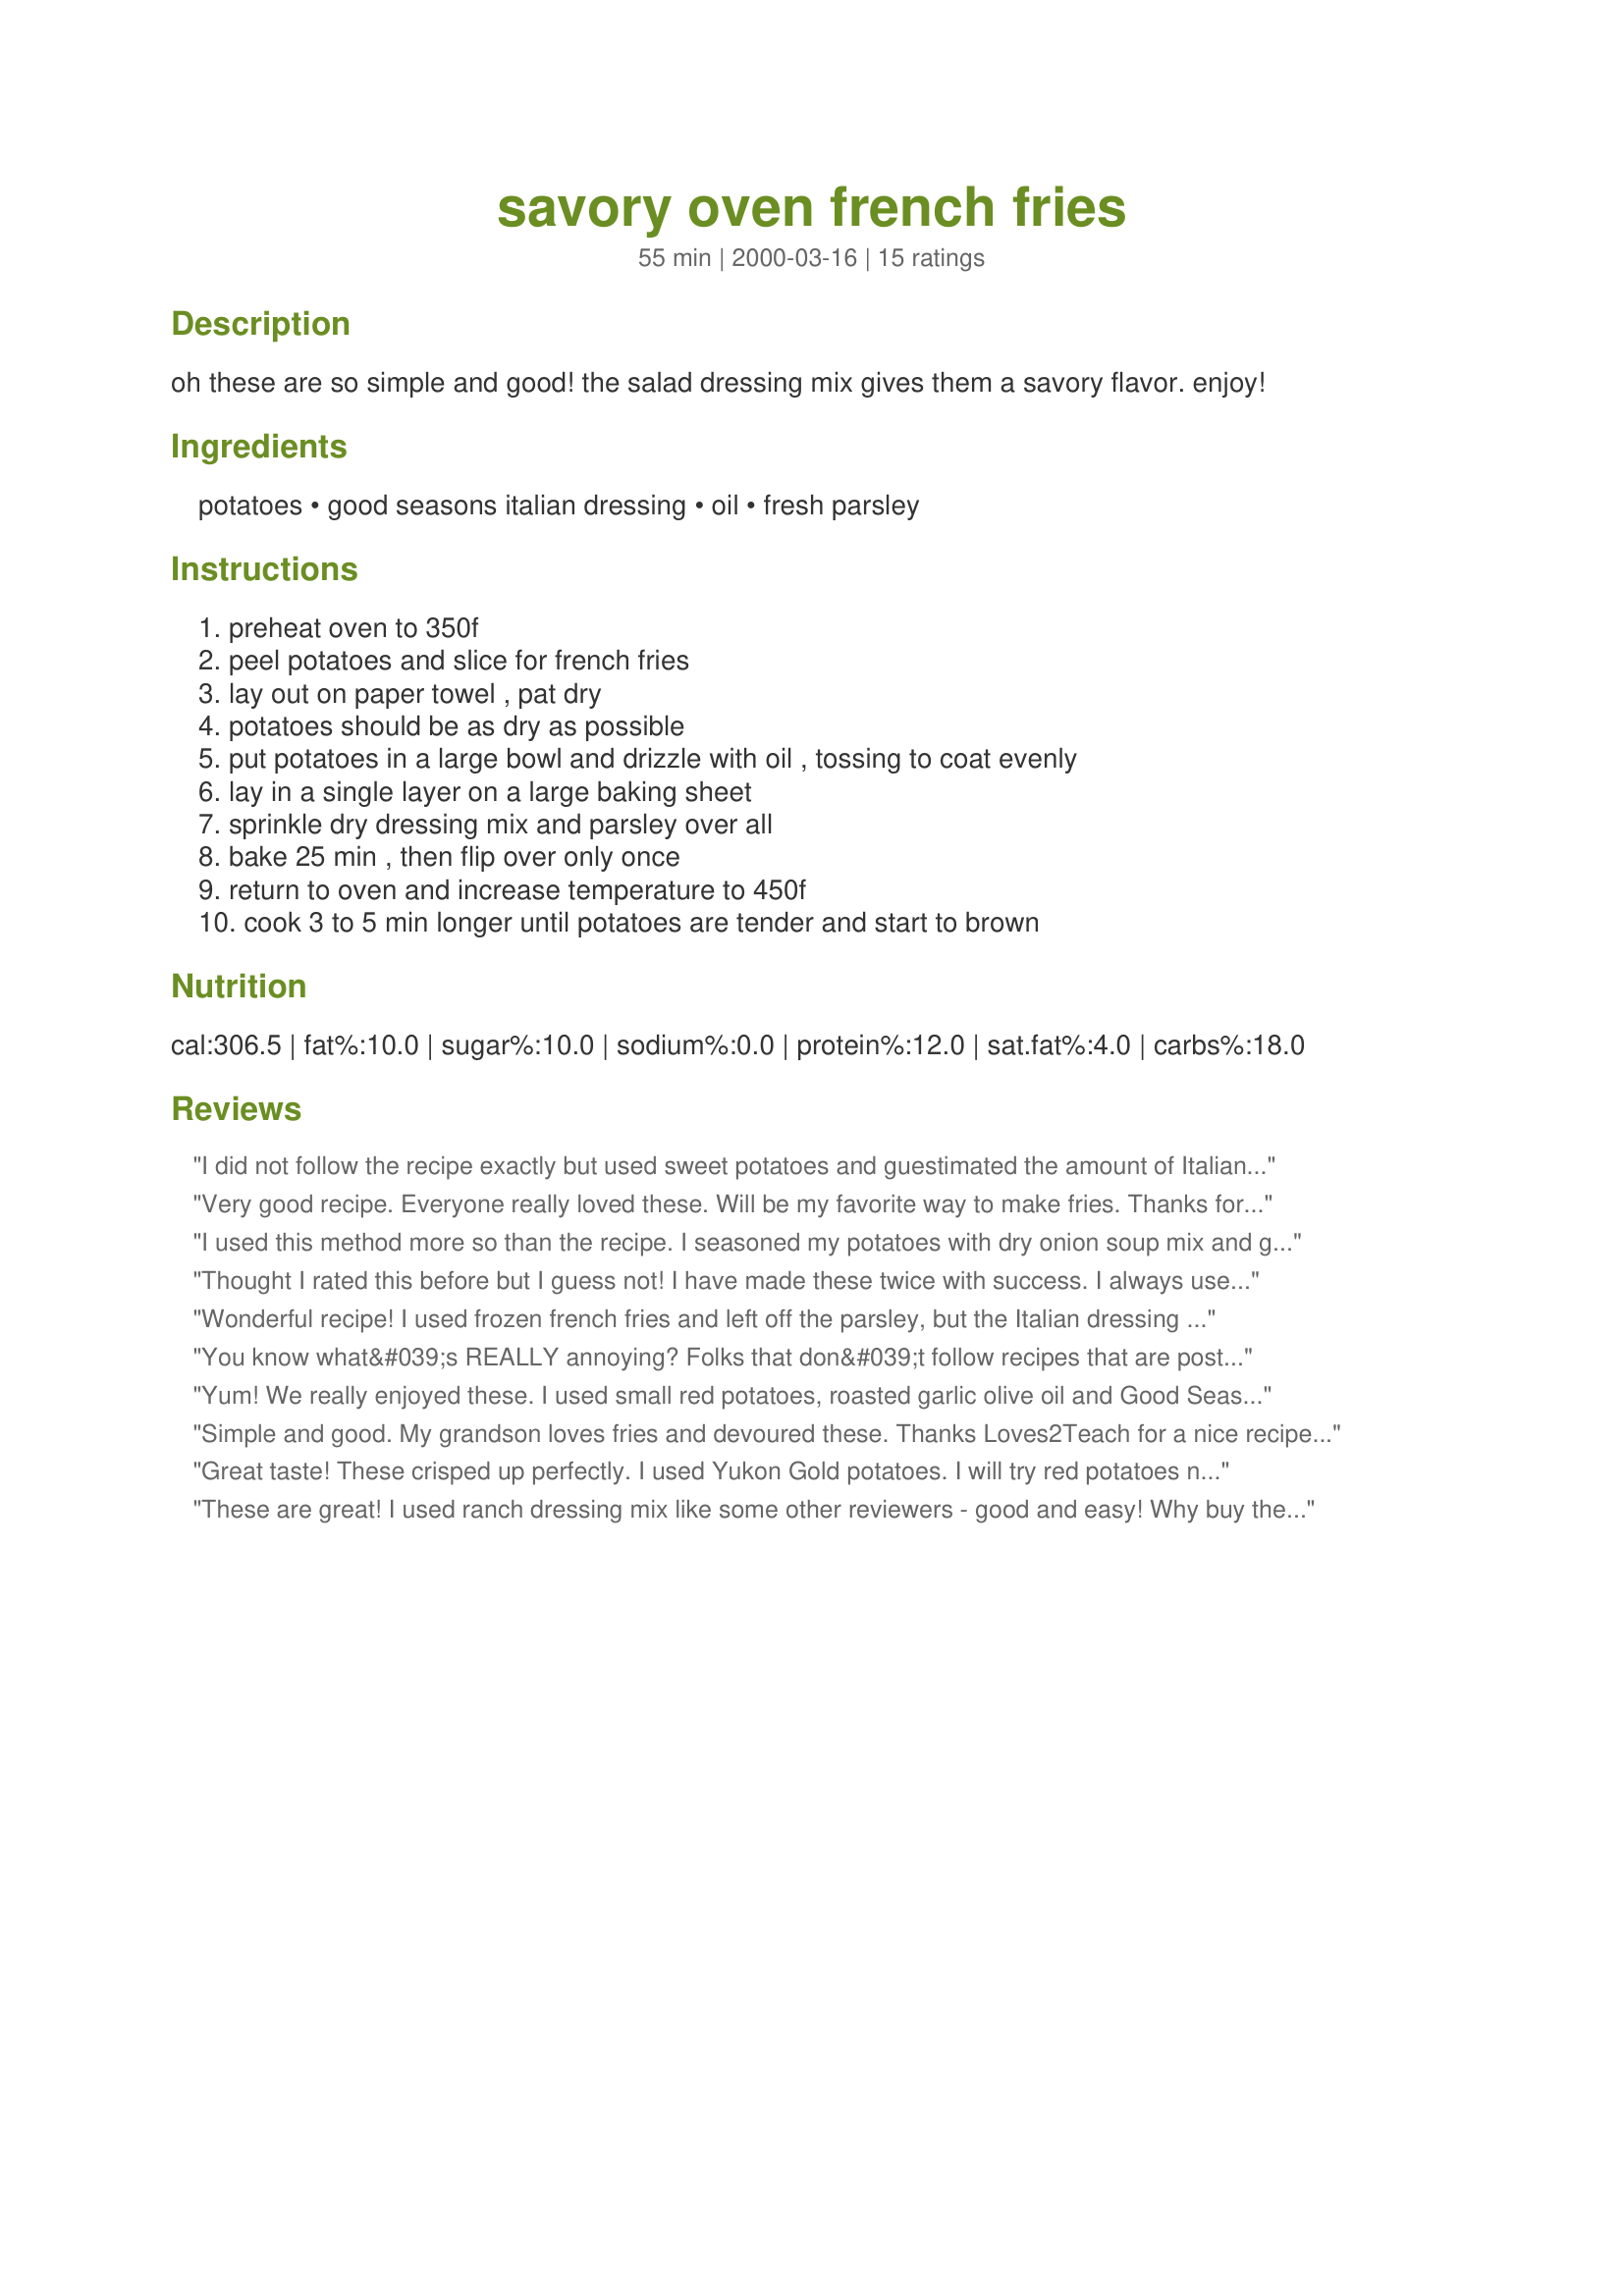
savory oven french fries
Preparation time: 55 minutes

oh these are so simple and good! the salad dressing mix gives them a savory flavor. enjoy!

Ingredients:
potatoes, good seasons italian dressing, oil, fresh parsley

Steps:
preheat oven to 350f, peel potatoes and slice for french fries, lay out on paper towel , pat dry, potatoes should be as dry as possible, put potatoes in a large bowl and drizzle with oil , tossing to coat evenly, lay in a single layer on a large baking sheet, sprinkle dry dressing mix and parsley over all, bake 25 min , then flip over only once, return to oven and increase temperature to 450f, cook 3 to 5 min longer until potatoes are tender and start to brown

Reviews:
I did not follow the recipe exactly but used sweet potatoes and guestimated the amount of Italian dressing according to what I thought would be enough. Judgement: These were the BEST sweet potatoes in any form that I have ever had. And my family agrees.
Very good recipe. Everyone
really loved these. Will be my 
favorite way to make fries. Thanks
for such a tasty recipe!!
I used this method more so than the recipe. I seasoned my potatoes with dry onion soup mix and garlic. Tasted great, but mine didn't get real crispy. Maybe I didn't dry them enough before baking?? Still good & easy. Served with mini burgers & baked beans.
Thought I rated this before but I guess not! I have made these twice with success. I always use more of the Italian seasonings, and sometimes I sprinkle on some parmesan cheese. Tasty! I don't peel my potatoes, and I try and get them nice and crispy on the outside! This is a good easy recipe.
Wonderful recipe! I used frozen french fries and left off the parsley, but the Italian dressing really gave these a wonderful flavor!
You know what&#039;s REALLY annoying? Folks that don&#039;t follow recipes that are posted, but still feel compelled to review them.&lt;br/&gt;&lt;br/&gt;&quot;Duh, I didn&#039;t use parsley and I didn&#039;t use fresh potatoes and I didn&#039;t have any Italian dressing seasoning mix...&quot;&lt;br/&gt;&lt;br/&gt;Just don&#039;t review the recipe because you DIDN&#039;T follow it. Geez.&lt;br/&gt;&lt;br/&gt;(5 stars to counter-balance all of the pointless reviews.)
Yum! We really enjoyed these. I used small red potatoes, roasted garlic olive oil and Good Seasons Zesty Italian. I just eyeballed the whole thing and definately used more than an ounce of the dressing mix. After changing the temp to 450 I cooked them for about 20 more minutes and flipped them a second time to get them browned all around. They were perfect and we will be having them again. Thanks! **Oct. 8, 2006- I made these last night with ranch seasoning mix because I was out of the italian and they were fabulous!**
Simple and good. My grandson loves fries and devoured these. Thanks Loves2Teach for a nice recipe. Made for Cookbook Tag.
Great taste! These crisped up perfectly. I used Yukon Gold potatoes. I will try red potatoes next time. Did not use much oil, just a few sprays of EVOO cooking spray for 2 servings. Thanks!
These are great! I used ranch dressing mix like some other reviewers - good and easy! Why buy the frozen ones when fresh ones are so cheap and easy?!
Yum, yum, yum! I am rating this for my 6 year old.... I am trying to make him believe that french fries can indeed be made at home! I used a bit more potatoes than called for only b/c I had more & they needed to be used. I didn't have the exact seasoning packet called for, but it was close enough. After pulling them out of the oven, I got a very important work call that pulled me away from my kitchen & into my home office for about 25 minutes. When I came back into the kitchen, he had eaten almost 40% of what was on the baking pan. I tried one & they were soooooo good, I ate more than I should have. Now, he won't eat fries anywhere unless mom cooks them!
Thank you,
from my 6 year old son!
Loves2Teach these were very good! They were very close to the real thing! I took the tip from another review and put them on my pizza stone and used frozen fries. They came out crispy. I will do these again.
I have tried many herbs and spice blends on my oven fries and "Italian Drssing" is as tasty as any. I was a bit light on the dressing and will up it a notch next time. I use my baking stone with a piece of parchment on top,and flip them once.
These were so good my 4 & 1 year old ate them. I used the right dressing mix but instead of parsley used some fresh basil off my plant and some fresh shredded garlic over them. They have the best flavor. Thank you so much.
I really enjoyed these fries...even my picky guests were impressed. I was out of Good Seasons Italian Dressing so I made recipe #45804 and it turned out great!
